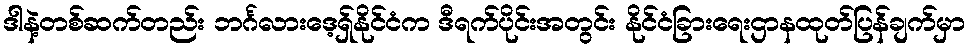
ဒါနဲ့တစ်ဆက်တည်း ဘင်္ဂလားဒေ့ရှ်နိုင်ငံက ဒီရက်ပိုင်းအတွင်း နိုင်ငံခြားရေးဌာနထုတ်ပြန်ချက်မှာ